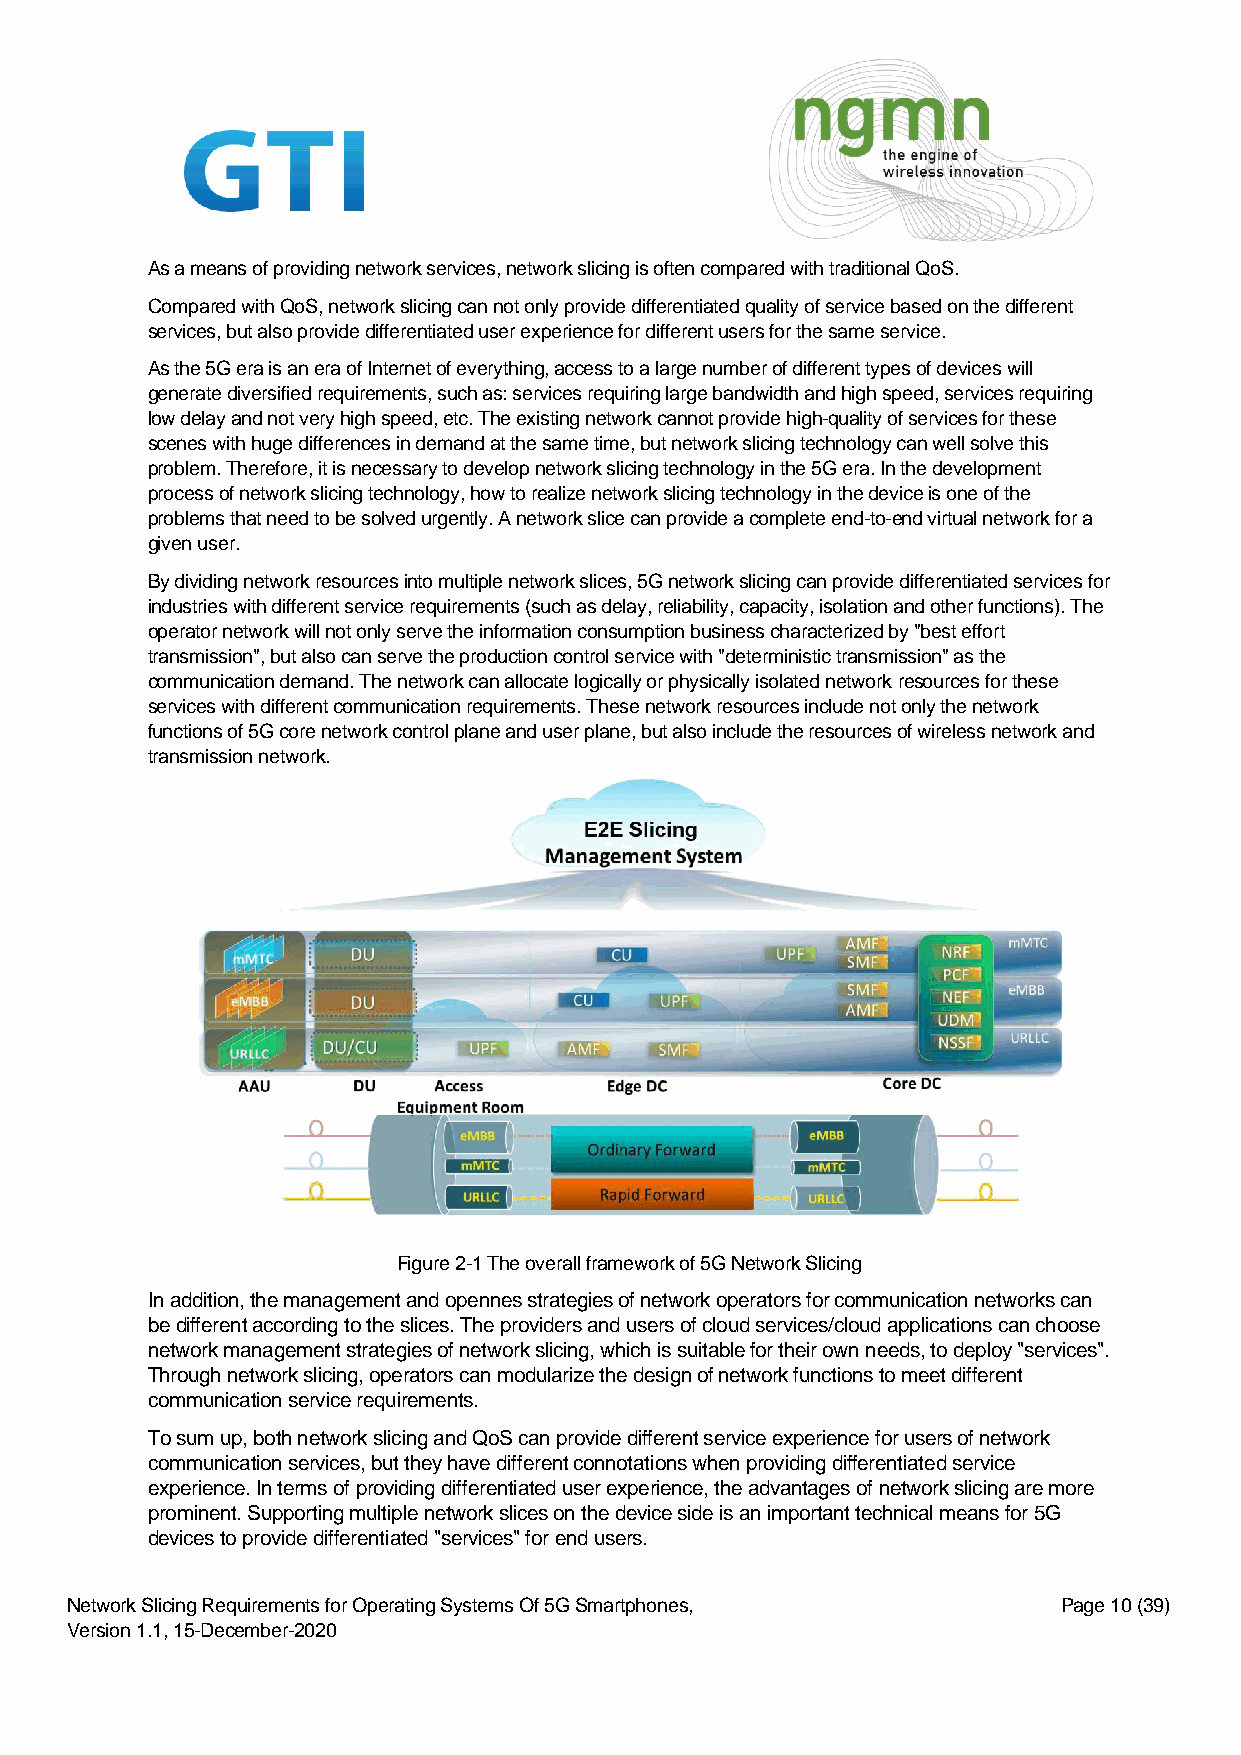
As a means of providing network services, network slicing is often compared with traditional QoS.
 Compared with QoS, network slicing can not only provide differentiated quality of service based on the different
 services, but also provide differentiated user experience for different users for the same service.
 As the 5G era is an era of Internet of everything, access to a large number of different types of devices will
 generate diversified requirements, such as: services requiring large bandwidth and high speed, services requiring
 low delay and not very high speed, etc. The existing network cannot provide high-quality of services for these
 scenes with huge differences in demand at the same time, but network slicing technology can well solve this
 problem. Therefore, it is necessary to develop network slicing technology in the 5G era. In the development
 process of network slicing technology, how to realize network slicing technology in the device is one of the
 problems that need to be solved urgently. A network slice can provide a complete end-to-end virtual network for a
 given user.
 By dividing network resources into multiple network slices, 5G network slicing can provide differentiated services for
 industries with different service requirements (such as delay, reliability, capacity, isolation and other functions). The
 operator network will not only serve the information consumption business characterized by "best effort
 transmission", but also can serve the production control service with "deterministic transmission" as the
 communication demand. The network can allocate logically or physically isolated network resources for these
 services with different communication requirements. These network resources include not only the network
 functions of 5G core network control plane and user plane, but also include the resources of wireless network and
 transmission network.
 Figure 2-1 The overall framework of 5G Network Slicing
 In addition, the management and opennes strategies of network operators for communication networks can
 be different according to the slices. The providers and users of cloud services/cloud applications can choose
 network management strategies of network slicing, which is suitable for their own needs, to deploy "services".
 Through network slicing, operators can modularize the design of network functions to meet different
 communication service requirements.
 To sum up, both network slicing and QoS can provide different service experience for users of network
 communication services, but they have different connotations when providing differentiated service
 experience. In terms of providing differentiated user experience, the advantages of network slicing are more
 prominent. Supporting multiple network slices on the device side is an important technical means for 5G
 devices to provide differentiated "services" for end users.
 Network Slicing Requirements for Operating Systems Of 5G Smartphones, Page 10 (39)
 Version 1.1, 15-December-2020